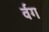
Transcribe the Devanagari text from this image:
र्वग